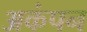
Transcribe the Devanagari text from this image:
अकंपन